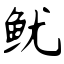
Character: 鱿